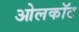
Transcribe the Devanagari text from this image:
ओलकॉट